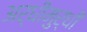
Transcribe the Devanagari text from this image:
अर्धीमुर्धी